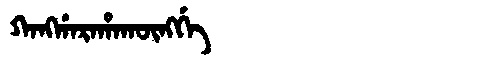
Manchu: ᡴᠠᠩᡤᠠᡵᠠᡥᠠᡴᡡᠩᡤᡝ
Romanization: KANGGARAHAKŪNGGE